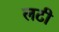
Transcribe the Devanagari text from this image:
लटी